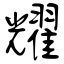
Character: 耀